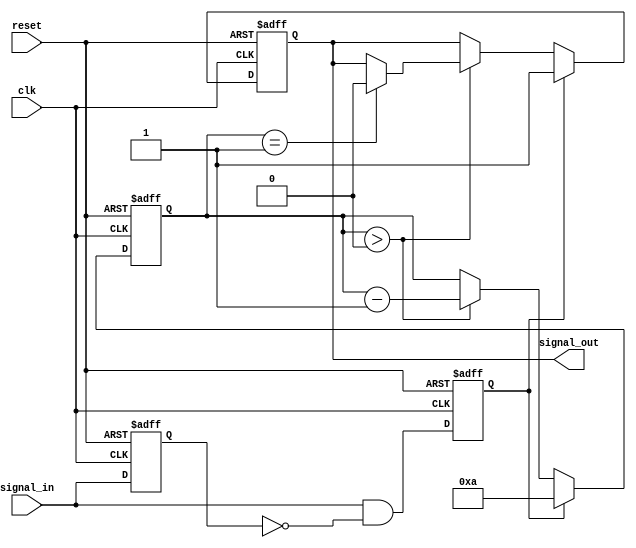
module monostable_edge_detector #(
    parameter PULSE_WIDTH = 10, // Pulse width in clock cycles
    parameter EDGE_SELECT = 2'b01 // 2'b00: none, 2'b01: rising, 2'b10: falling, 2'b11: both
)(
    input wire clk,              // Clock input
    input wire reset,            // Reset input
    input wire signal_in,        // Input signal
    output reg signal_out        // Output pulse
);

    // State storage
    reg signal_in_prev;          // Previous state of the input signal
    reg [3:0] pulse_counter;     // Counter for pulse width
    reg edge_detected;           // Edge detected flag

    // Edge detection logic
    always @(posedge clk or posedge reset) begin
        if (reset) begin
            signal_in_prev <= 1'b0;
            signal_out <= 1'b0;
            pulse_counter <= 0;
            edge_detected <= 1'b0;
        end else begin
            // Store the previous state
            signal_in_prev <= signal_in;

            // Edge detection
            case (EDGE_SELECT)
                2'b01: // Rising edge
                    edge_detected <= (signal_in & ~signal_in_prev);
                2'b10: // Falling edge
                    edge_detected <= (~signal_in & signal_in_prev);
                2'b11: // Both edges
                    edge_detected <= (signal_in & ~signal_in_prev) | (~signal_in & signal_in_prev);
                default:
                    edge_detected <= 1'b0;
            endcase

            // Pulse generation
            if (edge_detected) begin
                signal_out <= 1'b1; // Generate output pulse
                pulse_counter <= PULSE_WIDTH; // Load pulse width
            end else if (pulse_counter > 0) begin
                pulse_counter <= pulse_counter - 1;
                if (pulse_counter == 1) begin
                    signal_out <= 1'b0; // End pulse
                end
            end
        end
    end

endmodule